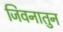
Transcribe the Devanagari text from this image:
जिवनातुन